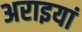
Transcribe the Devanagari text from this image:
अराइयां